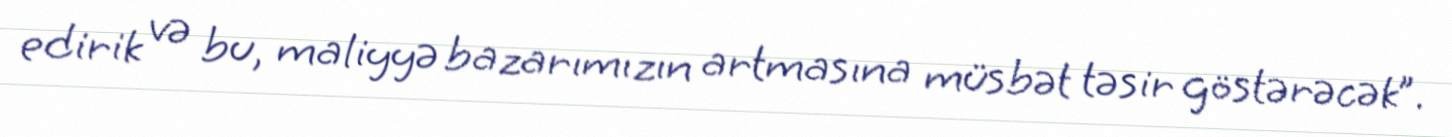
edirik və bu, maliyyə bazarımızın artmasına müsbət təsir göstərəcək”.